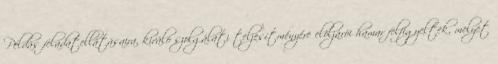
Példás feladatellátásaira, kiváló szolgálati teljesítményére elöljárói hamar felfigyeltek, melyet